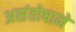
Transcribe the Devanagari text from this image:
असंतोषाने